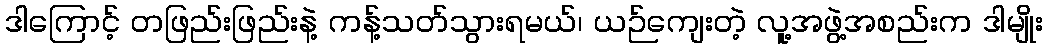
ဒါကြောင့် တဖြည်းဖြည်းနဲ့ ကန့်သတ်သွားရမယ်၊ ယဉ်ကျေးတဲ့ လူ့အဖွဲ့အစည်းက ဒါမျိုး